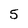
Character: 5